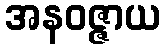
အနဝဇ္ဇာယ